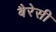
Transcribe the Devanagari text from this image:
बैरेसी